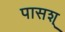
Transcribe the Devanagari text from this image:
पासश्